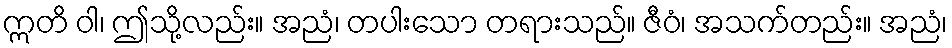
ဣတိ ဝါ၊ ဤသို့လည်း။ အညံ၊ တပါးသော တရားသည်။ ဇီဝံ၊ အသက်တည်း။ အညံ၊